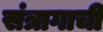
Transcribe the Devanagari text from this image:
संत्रागाची